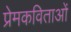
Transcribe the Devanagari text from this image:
प्रेमकविताओं